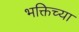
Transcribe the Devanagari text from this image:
भक्तिच्या